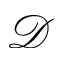
\mathcal { D }